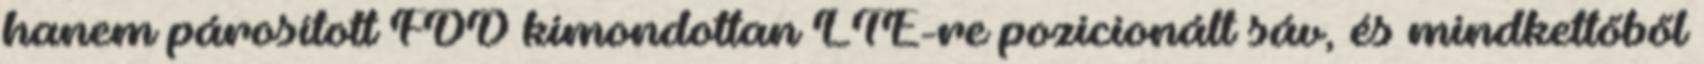
hanem párosított FDD kimondottan LTE-re pozicionált sáv, és mindkettőből